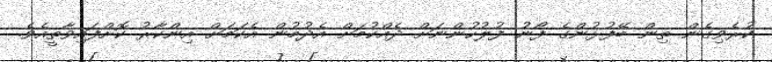
ކުރެވިގެން ތިން ބޭފުޅުންގެ ފޯނު ފުލުހުންނަށް ދެއްކުމަށް އެދުމުން އެކަމަށް އިންކާރު ކޮށްފައިވާތީއެވެ.